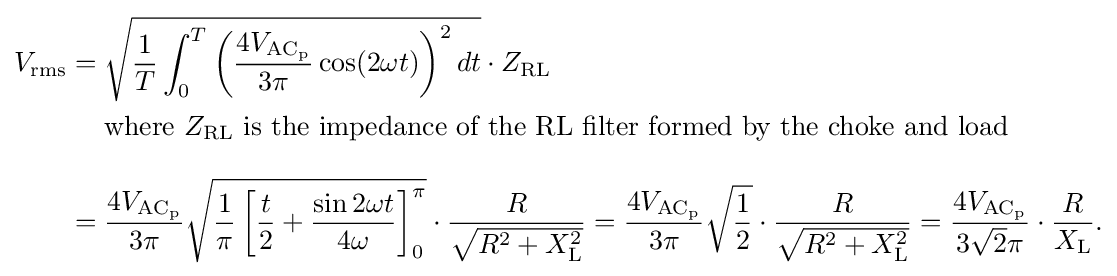
{\begin{aligned}V_{\mathrm {rms} }={}&{\sqrt {{\frac {1}{T}}\int _{0}^{T}\left({\frac {4V_{\mathrm {AC_{p}} }}{3\pi }}\cos(2\omega t)\right)^{2}dt}}\cdot Z_{\mathrm {RL} }\\&{\text{where }}Z_{\mathrm {RL} }{\text{ is the impedance of the RL filter formed by the choke and load}}\\[8pt]={}&{\frac {4V_{\mathrm {AC_{p}} }}{3\pi }}{\sqrt {{\frac {1}{\pi }}\left[{\frac {t}{2}}+{\frac {\sin 2\omega t}{4\omega }}\right]_{0}^{\pi }}}\cdot {\frac {R}{\sqrt {R^{2}+X_{\mathrm {L} }^{2}}}}={\frac {4V_{\mathrm {AC_{p}} }}{3\pi }}{\sqrt {\frac {1}{2}}}\cdot {\frac {R}{\sqrt {R^{2}+X_{\mathrm {L} }^{2}}}}={\frac {4V_{\mathrm {AC_{p}} }}{3{\sqrt {2}}\pi }}\cdot {\frac {R}{X_{\mathrm {L} }}}.\end{aligned}}